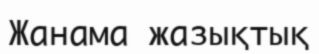
Жанама жазықтық